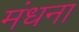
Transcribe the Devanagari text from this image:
मंधना